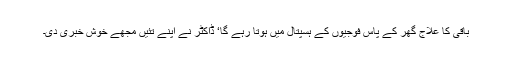
باقی کا علاج گھر کے پاس فوجیوں کے ہسپتال میں ہوتا رہے گا‘ ڈاکٹر نے اپنے تئیں مجھے خوش خبری دی۔